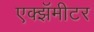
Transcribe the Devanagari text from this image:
एक्झॅमीटर